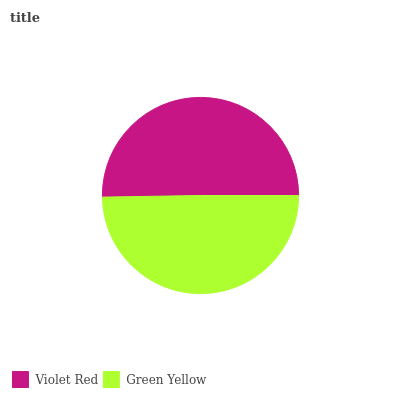
| Violet Red | Green Yellow |
 | --- | --- |
 | 50.3% | 49.7% |